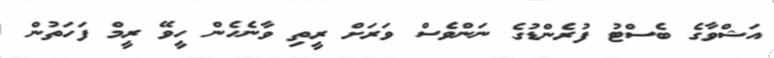
އަޝްވާގެ ބެސްޓު ފުރެންޑުގެ ނަންވެސް ވަރަށް ރީތި ވާނެހެން ހީވޭ ރީމް ފަހަތުން